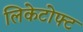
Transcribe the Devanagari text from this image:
लिकेटोफ्ट